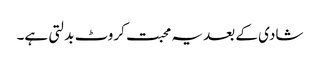
شادی کے بعد یہ محبت کروٹ بدلتی ہے۔